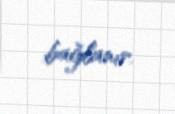
bağlanır.